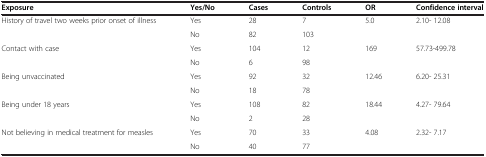
<table><thead><tr><td><b>Exposure</b></td><td><b>Yes/No</b></td><td><b>Cases</b></td><td><b>Controls</b></td><td><b>OR</b></td><td><b>Confidence interval</b></td></tr></thead><tbody><tr><td>History of travel two weeks prior onset of illness</td><td>Yes</td><td>28</td><td>7</td><td>5.0</td><td>2.10- 12.08</td></tr><tr><td> </td><td>No</td><td>82</td><td>103</td><td> </td><td> </td></tr><tr><td>Contact with case</td><td>Yes</td><td>104</td><td>12</td><td>169</td><td>57.73-499.78</td></tr><tr><td> </td><td>No</td><td>6</td><td>98</td><td> </td><td> </td></tr><tr><td>Being unvaccinated</td><td>Yes</td><td>92</td><td>32</td><td>12.46</td><td>6.20- 25.31</td></tr><tr><td> </td><td>No</td><td>18</td><td>78</td><td> </td><td> </td></tr><tr><td>Being under 18 years</td><td>Yes</td><td>108</td><td>82</td><td>18.44</td><td>4.27- 79.64</td></tr><tr><td> </td><td>No</td><td>2</td><td>28</td><td> </td><td> </td></tr><tr><td>Not believing in medical treatment for measles</td><td>Yes</td><td>70</td><td>33</td><td>4.08</td><td>2.32- 7.17</td></tr><tr><td> </td><td>No</td><td>40</td><td>77</td><td> </td><td> </td></tr></tbody></table>